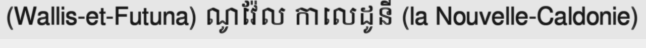
(Wallis-et-Futuna) ណូវ៉ែល កាលេដូនី (la Nouvelle-Caldonie)